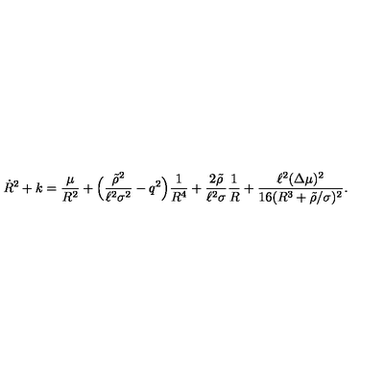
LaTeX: \dot { R } ^ { 2 } + k = \frac { \mu } { R ^ { 2 } } + \Bigl ( \frac { \tilde { \rho } ^ { 2 } } { \ell ^ { 2 } \sigma ^ { 2 } } - q ^ { 2 } \Bigr ) \frac { 1 } { R ^ { 4 } } + \frac { 2 \tilde { \rho } } { \ell ^ { 2 } \sigma } \frac { 1 } { R } + \frac { \ell ^ { 2 } ( \Delta \mu ) ^ { 2 } } { 1 6 ( R ^ { 3 } + \tilde { \rho } / \sigma ) ^ { 2 } } .